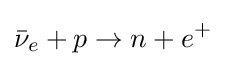
{\bar {\nu }}_{e}+p\to n+e^{+}